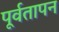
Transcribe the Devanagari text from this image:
पूर्वतापन